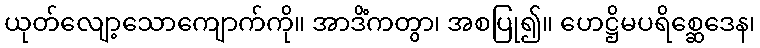
ယုတ်လျော့သောကျောက်ကို။ အာဒိံကတွာ၊ အစပြု၍။ ဟေဋ္ဌိမပရိစ္ဆေဒေန၊